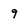
Character: 9